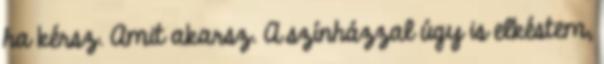
ha kérsz. Amit akarsz. A színházzal úgy is elkéstem,